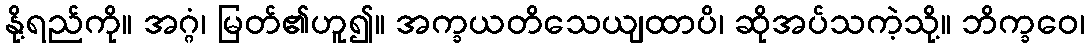
နို့ရည်ကို။ အဂ္ဂံ၊ မြတ်၏ဟူ၍။ အက္ခယတိသေယျထာပိ၊ ဆိုအပ်သကဲ့သို့။ ဘိက္ခဝေ၊